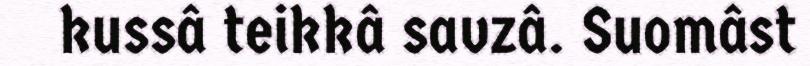
kussâ teikkâ savzâ. Suomâst